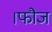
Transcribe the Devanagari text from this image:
।फौज